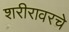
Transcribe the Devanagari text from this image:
शरीरावरचे